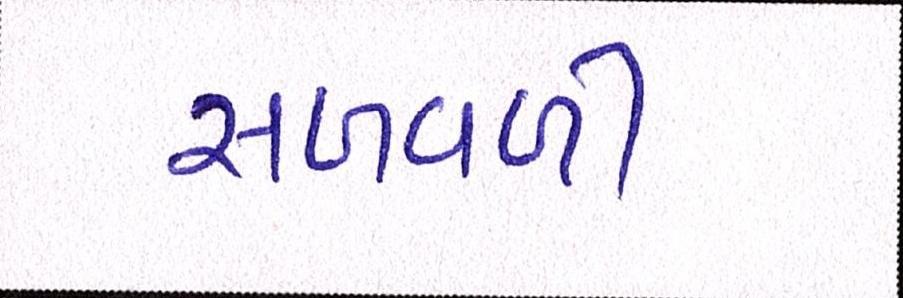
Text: સળવળી